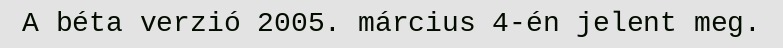
A béta verzió 2005. március 4-én jelent meg.